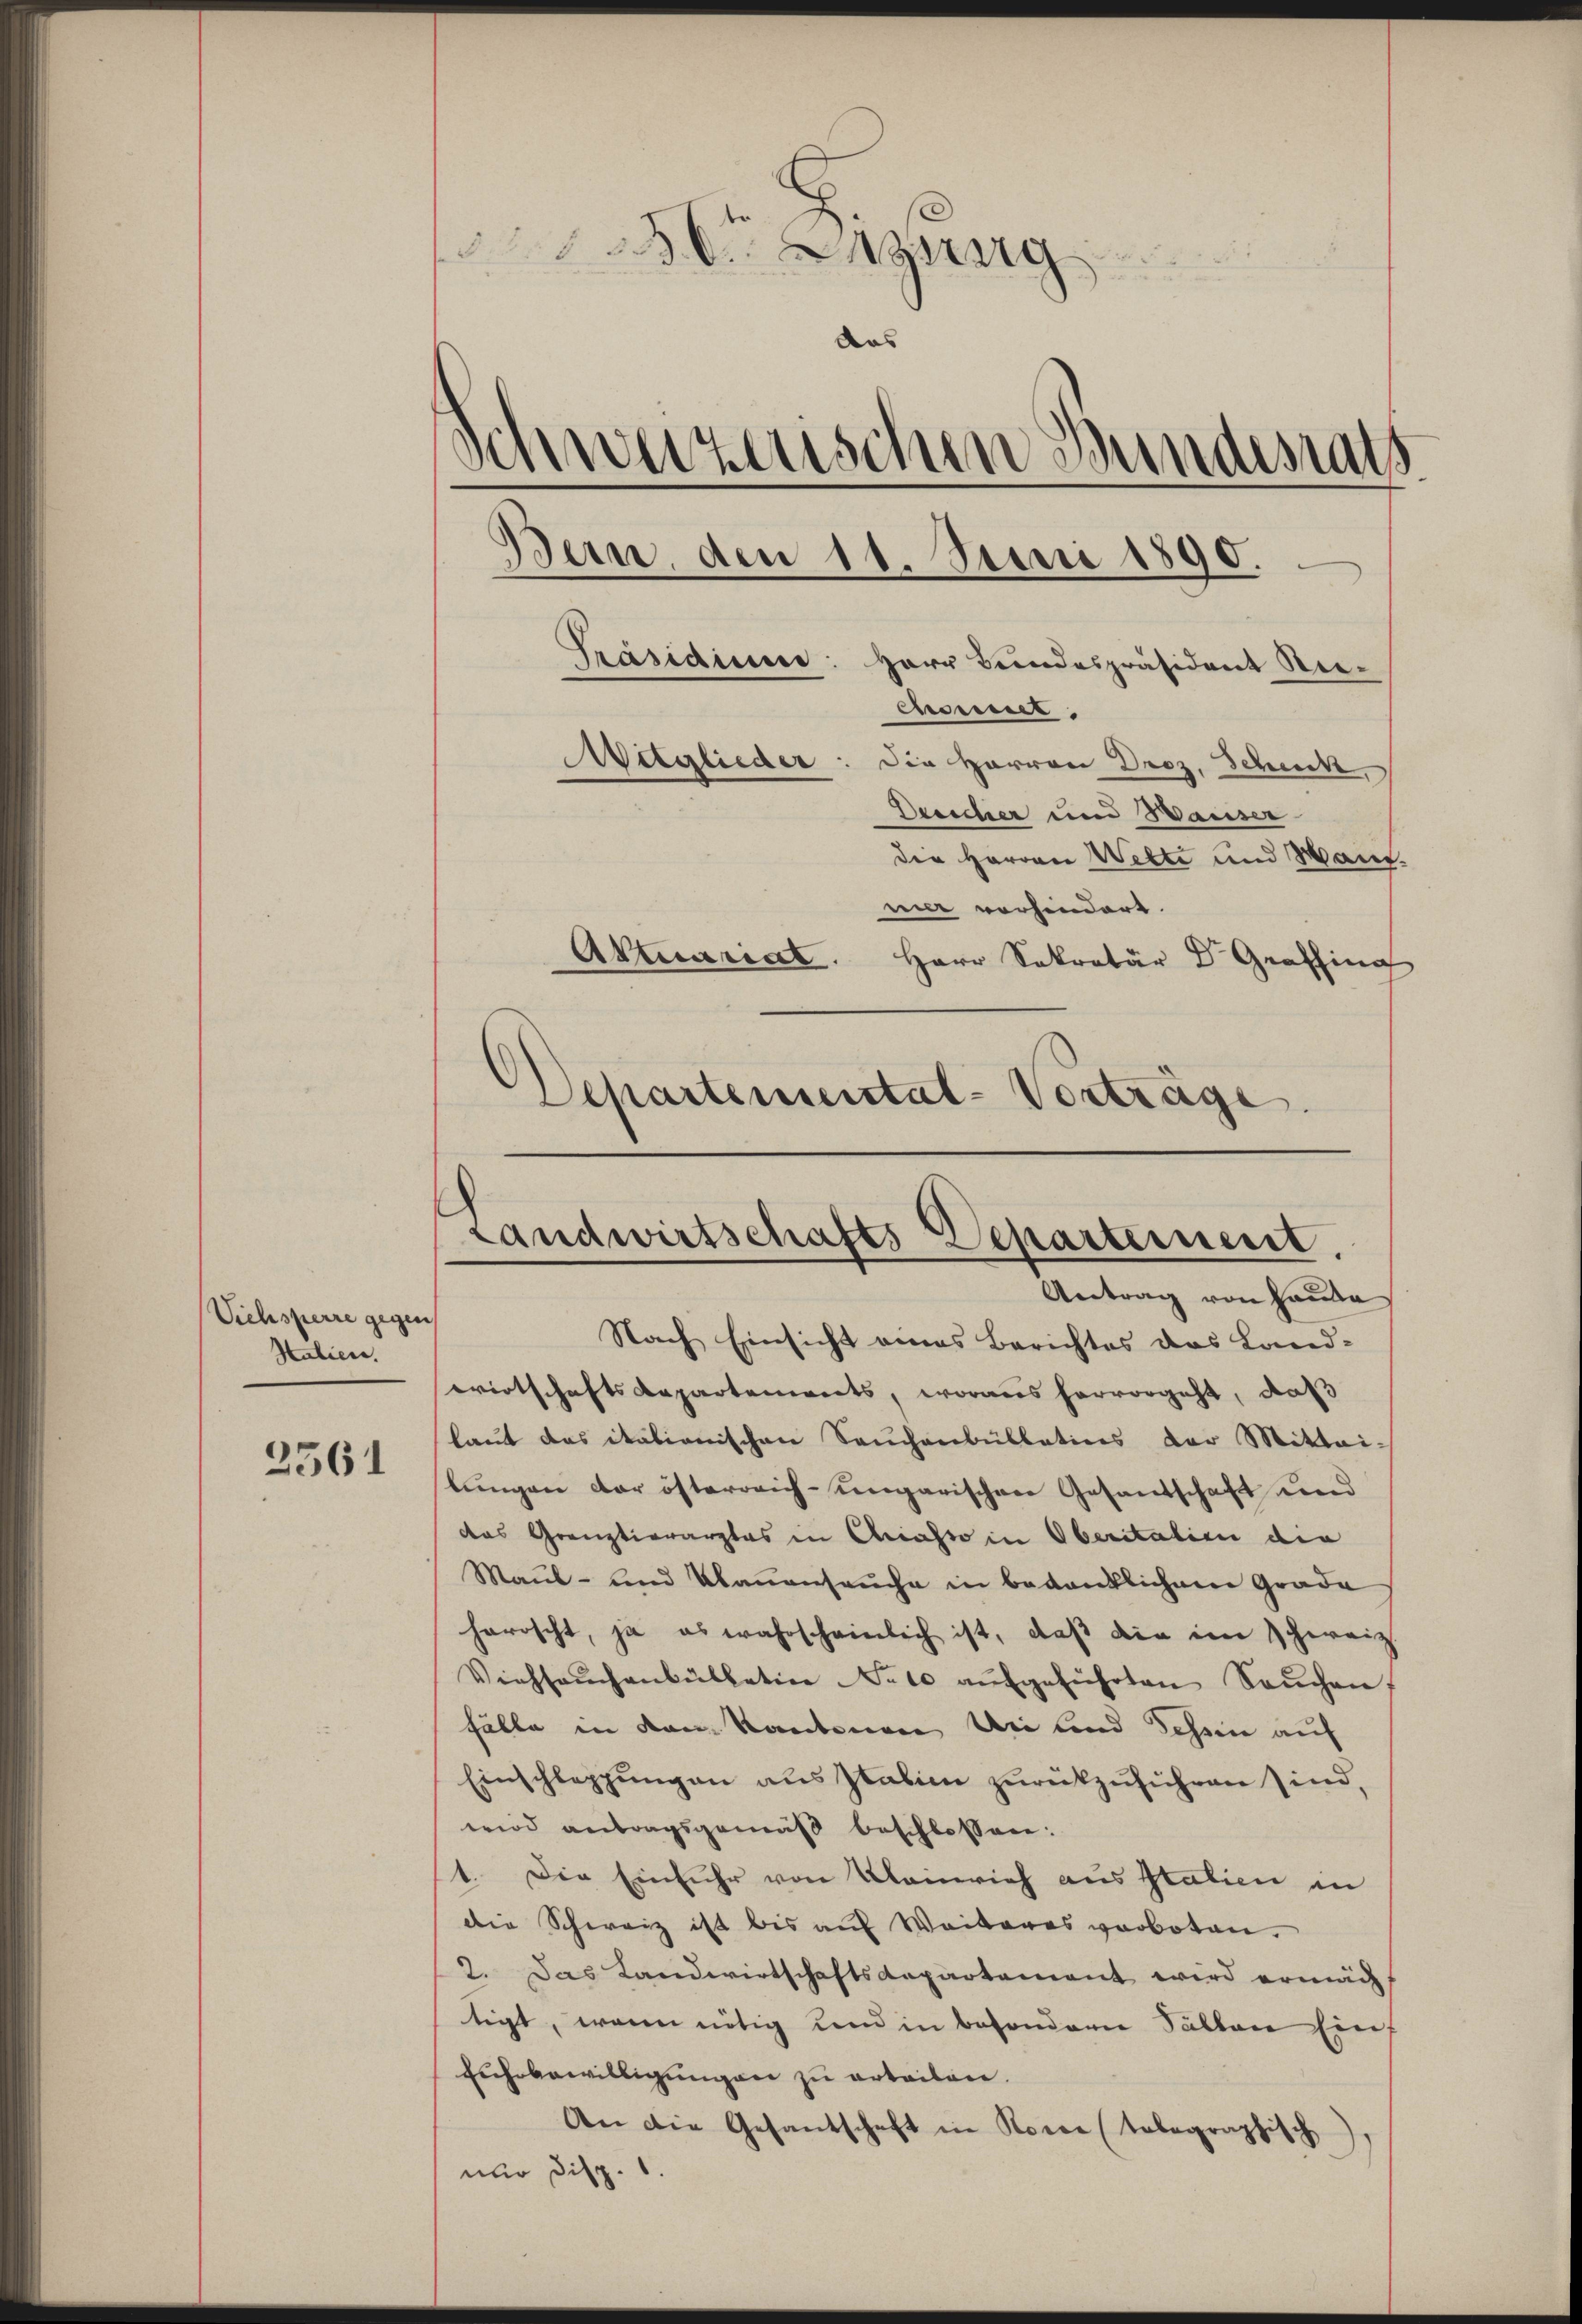
Viehsperre gegen
Stalien.

2561

36 Agung
das
schweizerischen Bundesrats
Bern, den 11. Juni 1890.
Präsidium: Herr Bundespräsident Re-
cimet.
Mitglieder: Die Herren Droz. Schuck
Desscher und Waiser

die Herren Wette und Mann.
mer vorhindert.
Aktuariat.
Herr Sekretär Dr. Graffing
Departemental-Vorträge.

Landwirtschafts Departement
Antrag von Hause

Nach Einsicht eines Berichtes des Land-
wirtschaftsdepartenwerts, woraus hervorgeht, daß
laut das italienischen Sachenbüllations der Mittei-
lungen der österreich-ungarischen Gesandschaft und
das Grauztierarztes in Chiasso in Oberitalien die
Maŭl- und Klaŭensaŭche in bedanklichen Grade
herischt, ja es wahrscheinlich ist, daß die ein Schweiz.
Viehseuchankülletine No 10 aŭfgeführten Saŭchen.
Fälle in den Kantonen Uri und Schein auf
Einschleppungen aus Italien zurückzuführen sind,
wird antragsgemäß beschlossen:
1. Die Einfuhr von Kleinrich aus Italien in
die Schweiz ist bis auf Weiteres verboten.
2. Das Landwirtschaftsdepartement wird ermächt
tigt, wenn nötig und in besonderer Sallen Einf
Euhebewilligungen zu erteilen.
An die Gesandschaft in Korre (tobegraphisch.
nur Disp. 1.